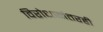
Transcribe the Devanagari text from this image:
विरोधानंतरही